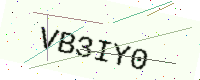
Text: VB3IY0